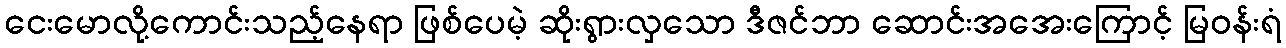
ငေးမောလို့ကောင်းသည့်နေရာ ဖြစ်ပေမဲ့ ဆိုးရွားလှသော ဒီဇင်ဘာ ဆောင်းအအေးကြောင့် မြဝန်းရံ